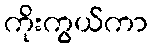
ကိုးကွယ်ကာ